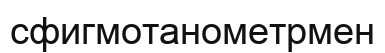
сфигмотанометрмен